Report on horse surra - Volume I
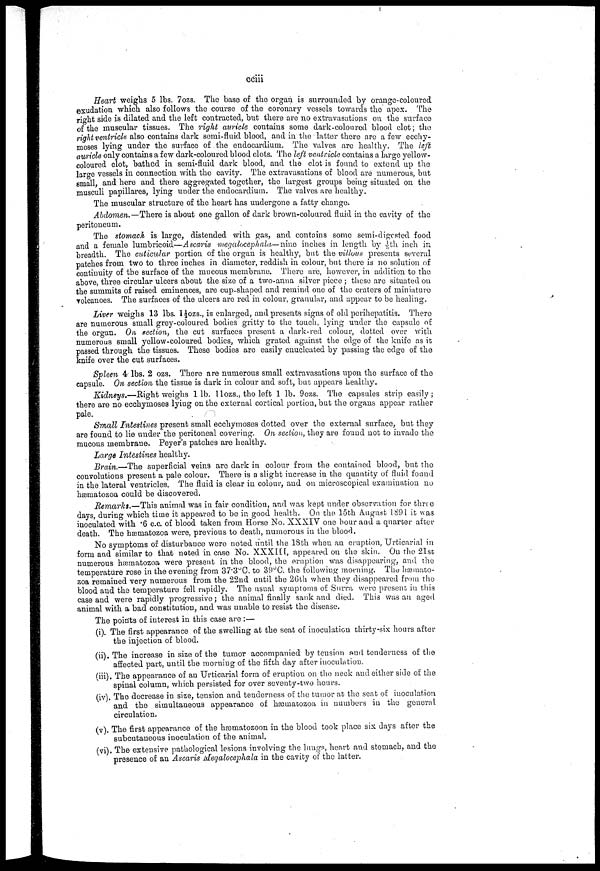
cciii
Heart weighs 5 lbs. 7 ozs. The base of the organ is surrounded by orange-coloured
exudation which also follows the course of the coronary vessels towards the apex. The
right side is dilated and the left contracted, but there are no extravasations on the surface
of the muscular tissues. The right auricle contains some dark-coloured blood clot; the
right ventricle also contains dark semi-fluid blood, and in the latter there are a few ecchy-
moses lying under the surface of the endocardium. The valves are healthy. The left
auricle only contains a few dark-coloured blood clots. The left ventricle contains a large yellow-
coloured clot, bathed in semi-fluid dark blood, and the clot is found to extend up the
large vessels in connection with the cavity. The extravasations of blood are numerous, but
small, and here and there aggregated together, the largest groups being situated on the
musculi papillares, lying under the endocardium. The valves are healthy.
The muscular structure of the heart has undergone a fatty change.
Abdomen.— There is about one gallon of dark brown-coloured fluid in the cavity of the
peritoneum.
The stomach is large, distended with gas, and contains some semi-digested food
and a female lumbricoid—Ascaris megalocephala—nine inches in length by 1/5th inch in
breadth. The cuticular portion of the organ is healthy, but the villous presents several
patches from two to three inches in diameter, reddish in colour, but there is no solution of
continuity of the surface of the mucous membrane. There are, however, in addition to the
above, three circular ulcers about the size of a two-anna silver piece ; these are situated on
the summits of raised eminences, are cup-shaped and remind one of the craters of miniature
volcanoes. The surfaces of the ulcers are red in colour, granular, and appear to be healing.
Liver weighs 13 lbs. l½ozs., is enlarged, and presents signs of old perihepatitis. There
are numerous small grey-coloured bodies gritty to the touch, lying under the capsule of
the organ. On section, the cut surfaces present a dark-red colour, dotted over with
numerous small yellow-coloured bodies, which grated against the edge of the knife as it
passed through the tissues. These bodies are easily enucleated by passing the edge of the
knife over the cut surfaces.
Spleen 4 lbs. 2 ozs. There are numerous small extravasations upon the surface of the
capsule. On section the tissue is dark in colour and soft, but appears healthy.
Kidneys.—Right weighs 1 lb. 11 ozs., the left 1 lb. 9ozs. The capsules strip easily;
there are no ecchymoses lying on the external cortical portion, but the organs appear rather
pale.
Small Intestines present small ecchymoses dotted over the external surface, but they
are found to lie under the peritoneal covering. On section, they are found not to invade the
mucous membrane. Peyer's patches are healthy.
Large Intestines healthy.
Brain.—The superficial veins are dark in colour from the contained blood, but the
convolutions present a pale colour. There is a slight increase in the quantity of fluid found
in the lateral ventricles. The fluid is clear in colour, and on microscopical examination no
hæmatozoa could be discovered.
Remarks.—This animal was in fair condition, and was kept under observation for three
days, during which time it appeared to be in good health. On the 15th August 1891 it was
inoculated with .6 c.c. of blood taken from Horse No. XXXIV one hour and a quarter after
death. The hæmatozoa were, previous to death, numerous in the blood.
No symptoms of disturbance were noted until the 18th when an eruption, Urticarial in
form and similar to that noted in case No. XXXIII, appeared on the skin. On the 21st
numerous hæmatozoa were present in the blood, the eruption was disappearing, and the
temperature rose in the evening from 37.3°C. to 39°C. the following morning. The hæmato-
zoa remained very numerous from the 22nd until the 26th when they disappeared from the
blood and the temperature fell rapidly. The usual symptoms of Surra were present in this
case and were rapidly progressive; the animal finally sank and died. This was an aged
animal with a bad constitution, and was unable to resist the disease.
The points of interest in this case are :—
(i). The first appearance of the swelling at the seat of inoculation thirty-six hours after
the injection of blood.
(ii). The increase in size of the tumor accompanied by tension and tenderness of the
affected part, until the morning of the fifth day after inoculation.
(iii). The appearance of an Urticarial form of eruption on the neck and either side of the
spinal column, which persisted for over seventy-two hours.
(iv). The decrease in size, tension and tenderness of the tumor at the seat of inoculation
and the simultaneous appearance of hæmatozoa in numbers in the general
circulation.
(v). The first appearance of the hæmatozoon in the blood took place six days after the
subcutaneous inoculation of the animal.
(vi). The extensive pathological lesions involving the lungs, heart and stomach, and the
presence of an Ascaris Megalocephala in the cavity of the latter.